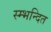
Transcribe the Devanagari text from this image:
स्म्भन्दित